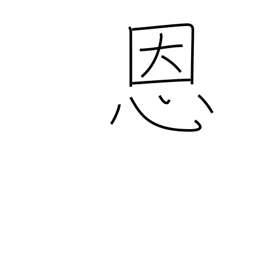
Meaning: blessing